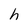
Character: h